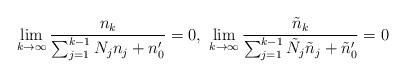
LaTeX: \begin{align*} \lim_{k\rightarrow\infty}\frac{n_k}{\sum_{j=1}^{k-1}N_jn_j+n_0'}=0,\ \lim_{k\rightarrow\infty}\frac{\tilde{n}_k}{\sum_{j=1}^{k-1}\tilde{N}_j\tilde{n}_j+\tilde{n}_0'}=0 \end{align*}